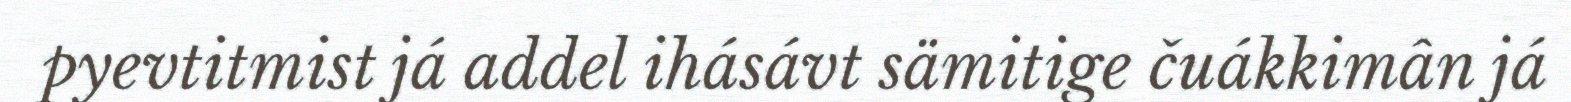
pyevtitmist já addel ihásávt sämitige čuákkimân já